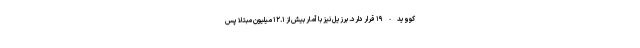
کووید-۱۹ قرار دارد. برزیل نیز با آمار بیش از ۱۲.۱ میلیون مبتلا پس